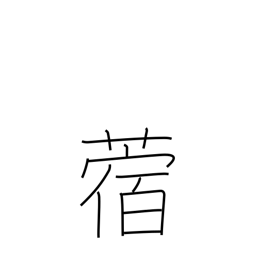
Meaning: clover